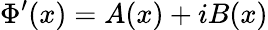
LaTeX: \Phi^{\prime}(x)=A(x)+iB(x)